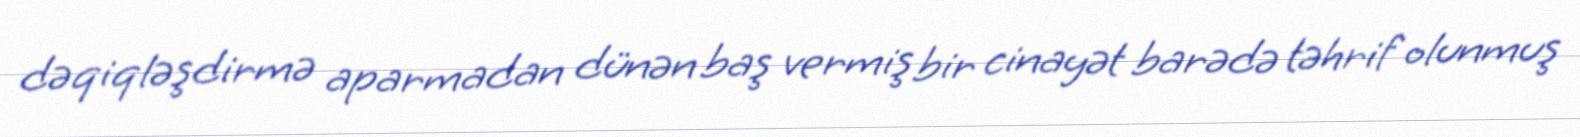
dəqiqləşdirmə aparmadan dünən baş vermiş bir cinayət barədə təhrif olunmuş